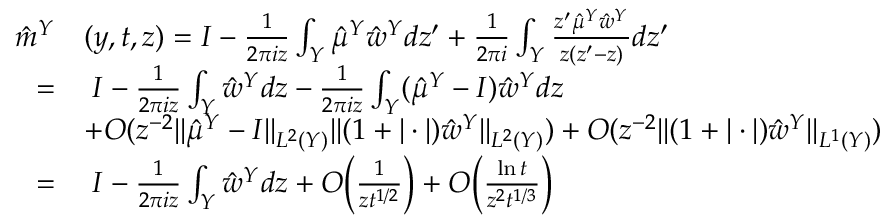
\begin{array} { r l } { \hat { m } ^ { Y } } & { ( y , t , z ) = I - \frac { 1 } { 2 \pi i z } \int _ { Y } \hat { \mu } ^ { Y } \hat { w } ^ { Y } d z ^ { \prime } + \frac { 1 } { 2 \pi i } \int _ { Y } \frac { z ^ { \prime } \hat { \mu } ^ { Y } \hat { w } ^ { Y } } { z ( z ^ { \prime } - z ) } d z ^ { \prime } } \\ { = } & { \; I - \frac { 1 } { 2 \pi i z } \int _ { Y } \hat { w } ^ { Y } d z - \frac { 1 } { 2 \pi i z } \int _ { Y } ( \hat { \mu } ^ { Y } - I ) \hat { w } ^ { Y } d z } \\ & { + O ( z ^ { - 2 } \| \hat { \mu } ^ { Y } - I \| _ { L ^ { 2 } ( Y ) } \| ( 1 + | \cdot | ) \hat { w } ^ { Y } \| _ { L ^ { 2 } ( Y ) } ) + O ( z ^ { - 2 } \| ( 1 + | \cdot | ) \hat { w } ^ { Y } \| _ { L ^ { 1 } ( Y ) } ) } \\ { = } & { \; I - \frac { 1 } { 2 \pi i z } \int _ { Y } \hat { w } ^ { Y } d z + O \bigg ( \frac { 1 } { z t ^ { 1 / 2 } } \bigg ) + O \bigg ( \frac { \ln t } { z ^ { 2 } t ^ { 1 / 3 } } \bigg ) } \end{array}